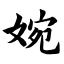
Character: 婉